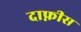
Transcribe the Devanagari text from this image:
दाफ्नीस